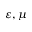
\varepsilon , \mu